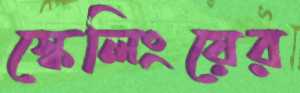
স্কেলিংয়ের